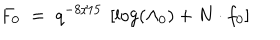
F _ { 0 } \; = \; q ^ { - 8 / 1 5 } \: \left[ \log ( \Lambda _ { 0 } ^ { } ) + N \cdot f _ { 0 } \right]